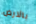
بالارض